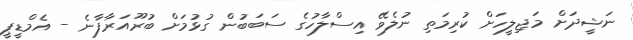
ނަޝީދަށް މަޖިލީހަށް ކުރިމަތި ނުލެވޭ އިސްލާހުގެ ސަބަބުން ގުޅުމަށް ބުރޫއަރާފާނެ - އެމްޑީޕީ